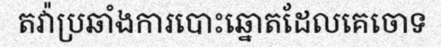
តវ៉ាប្រឆាំងការបោះឆ្នោតដែលគេចោទ